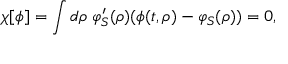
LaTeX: \chi [ \phi ] = \int d \rho \; \varphi _ { S } ^ { \prime } ( \rho ) ( \phi ( t , \rho ) - \varphi _ { S } ( \rho ) ) = 0 ,